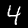
Label: 4